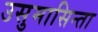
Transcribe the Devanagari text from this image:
उसुमासिन्ता